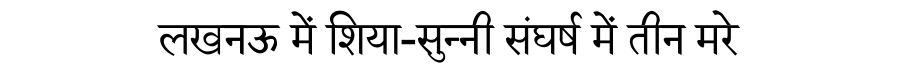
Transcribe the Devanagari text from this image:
लखनऊ में शिया-सुन्नी संघर्ष में तीन मरे